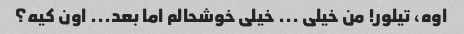
اوه، تیلور! من خیلی ... خیلی خوشحالم اما بعد... اون کیه؟